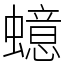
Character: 䗷